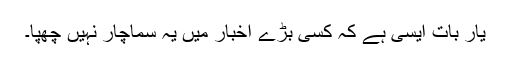
یار بات ایسی ہے کہ کسی بڑے اخبار میں یہ سماچار نہیں چھپا۔